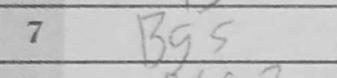
Transcription: Bg5